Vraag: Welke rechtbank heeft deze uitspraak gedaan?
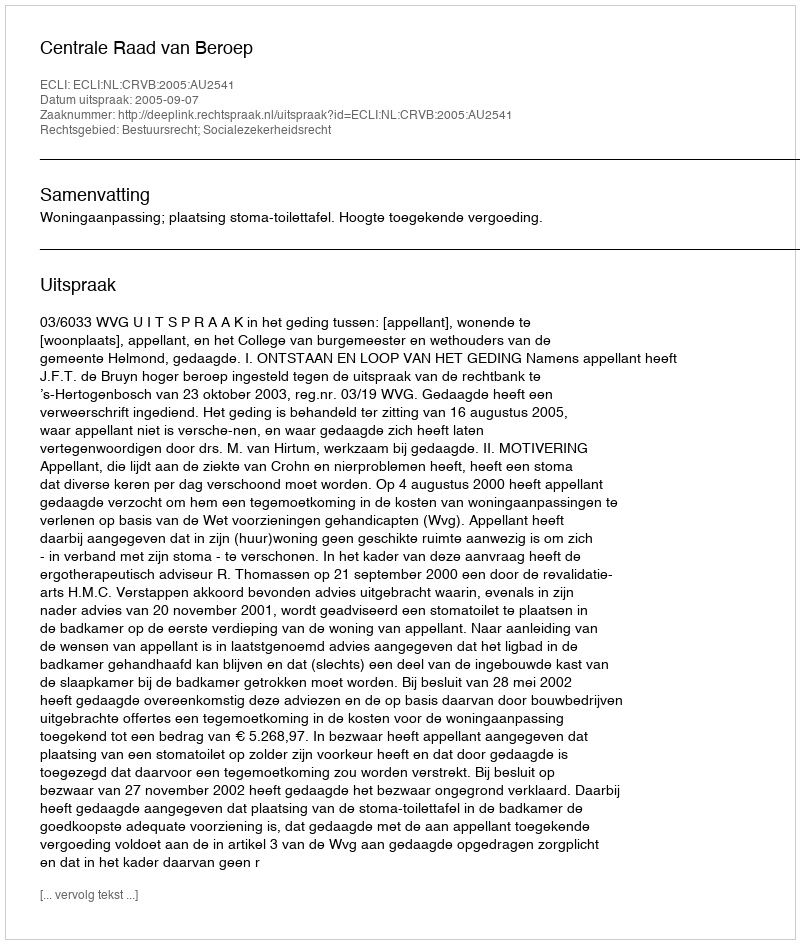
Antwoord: Centrale Raad van Beroep